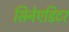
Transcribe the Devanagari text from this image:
सिनेएडिटर